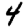
Digit: 4